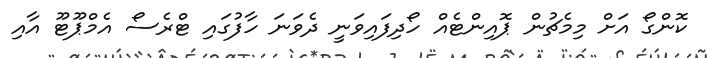
ކޮންގޯ އަށް މިމެޗުން ޕޮއިންޓެއް ހޯދިފައިވަނީ ދެވަނަ ހާފުގައި ޓްރެސޯ އެމްޕޫޓޫ އާއި